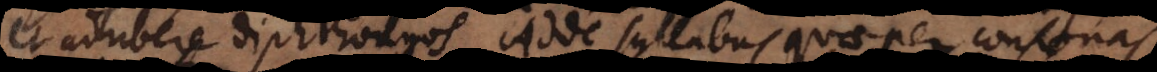
et adhibere diphthongos. Adde syllabas quae per consonas